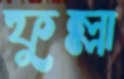
ফুল্লা